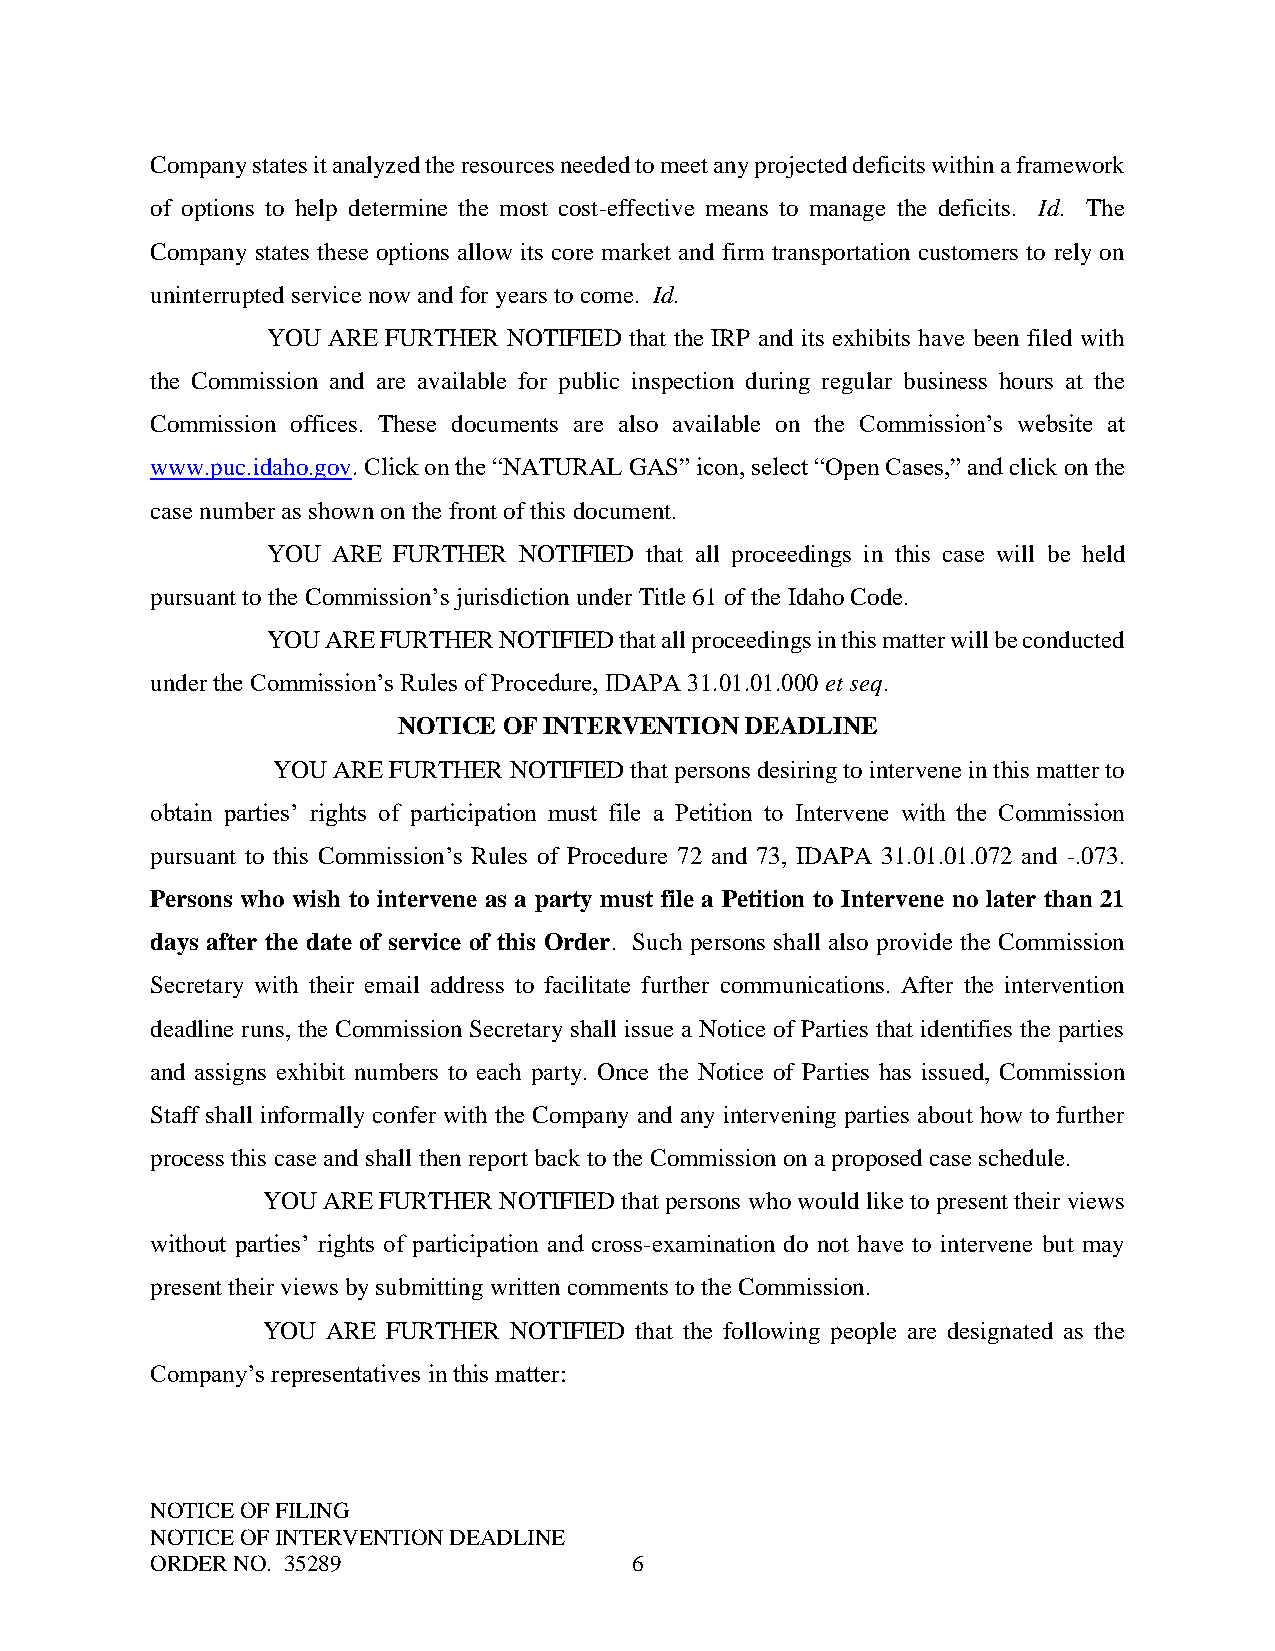
Company states it analyzed the resources needed to meet any projected deficits within a framework
 of options to help determine the most cost-effective means to manage the deficits. Id. The
 Company states these options allow its core market and firm transportation customers to rely on
 uninterrupted service now and for years to come. Id.
 YOU ARE FURTHER NOTIFIED that the IRP and its exhibits have been filed with
 the Commission and are available for public inspection during regular business hours at the
 Commission offices. These documents are also available on the Commission’s website at
 www.puc.idaho.gov. Click on the “NATURAL GAS” icon, select “Open Cases,” and click on the
 case number as shown on the front of this document.
 YOU ARE FURTHER NOTIFIED that all proceedings in this case will be held
 pursuant to the Commission’s jurisdiction under Title 61 of the Idaho Code.
 YOU ARE FURTHER NOTIFIED that all proceedings in this matter will be conducted
 under the Commission’s Rules of Procedure, IDAPA 31.01.01.000 et seq.
 NOTICE OF INTERVENTION DEADLINE
 YOU ARE FURTHER NOTIFIED that persons desiring to intervene in this matter to
 obtain parties’ rights of participation must file a Petition to Intervene with the Commission
 pursuant to this Commission’s Rules of Procedure 72 and 73, IDAPA 31.01.01.072 and -.073.
 Persons who wish to intervene as a party must file a Petition to Intervene no later than 21
 days after the date of service of this Order. Such persons shall also provide the Commission
 Secretary with their email address to facilitate further communications. After the intervention
 deadline runs, the Commission Secretary shall issue a Notice of Parties that identifies the parties
 and assigns exhibit numbers to each party. Once the Notice of Parties has issued, Commission
 Staff shall informally confer with the Company and any intervening parties about how to further
 process this case and shall then report back to the Commission on a proposed case schedule.
 YOU ARE FURTHER NOTIFIED that persons who would like to present their views
 without parties’ rights of participation and cross-examination do not have to intervene but may
 present their views by submitting written comments to the Commission.
 YOU  ARE FURTHER NOTIFIED that the following people are designated as the
 Company’s representatives in this matter:
 NOTICE OF FILING
 NOTICE OF INTERVENTION DEADLINE
 ORDER NO. 35289                 6